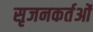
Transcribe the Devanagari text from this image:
सृजनकर्तओं